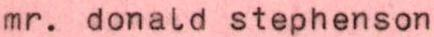
mr. donald stephenson